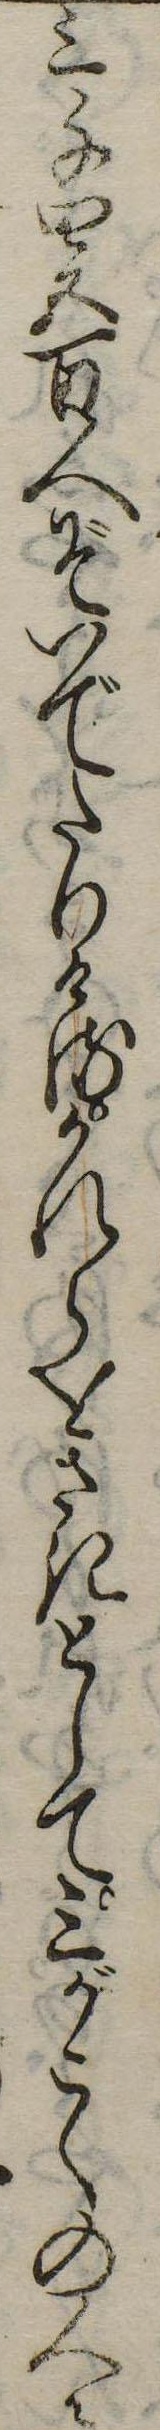
三千四五百人ぞいでたりけるかれらをさきとして三がこくの人々